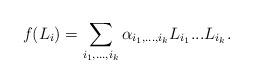
LaTeX: \begin{align*}f(L_i)=\sum_{i_1,...,i_k}{\alpha}_{i_1,...,i_k}L_{i_1}...L_{i_k}.\end{align*}